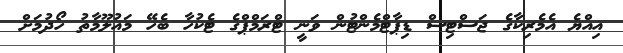
އިއްޔެ އެމެރިކާގެ ޖަސްޓިސް ޑިޕާޓްމެންޓުން ވަނީ ޓްރަމްޕްގެ ޓެކުހާ ބެހޭ މައުލޫމާތު ހޯދުމަށް